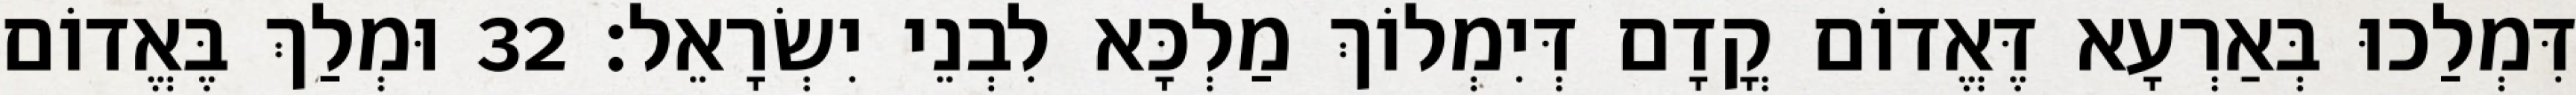
דִּמְלַכוּ בְּאַרְעָא דֶּאֱדוֹם קֳדָם דְּיִמְלוֹךְ מַלְכָּא לִבְנֵי יִשְׂרָאֵל׃ 32 וּמְלַךְ בֶּאֱדוֹם